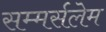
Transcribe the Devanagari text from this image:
सम्मर्सलेम